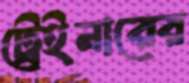
ট্রেইনারের